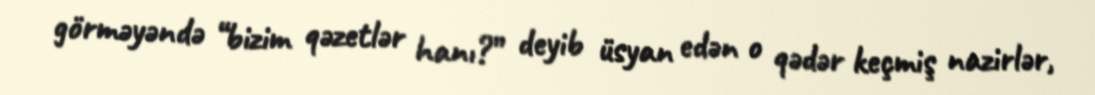
görməyəndə “bizim qəzetlər hanı?” deyib üsyan edən o qədər keçmiş nazirlər,